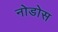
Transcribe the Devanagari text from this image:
नोडोस